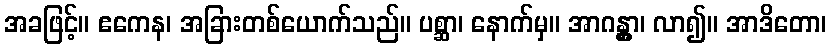
အခဖြင့်။ ဧကေန၊ အခြားတစ်ယောက်သည်။ ပစ္ဆာ၊ နောက်မှ။ အာဂန္တွာ၊ လာ၍။ အာဒိတော၊